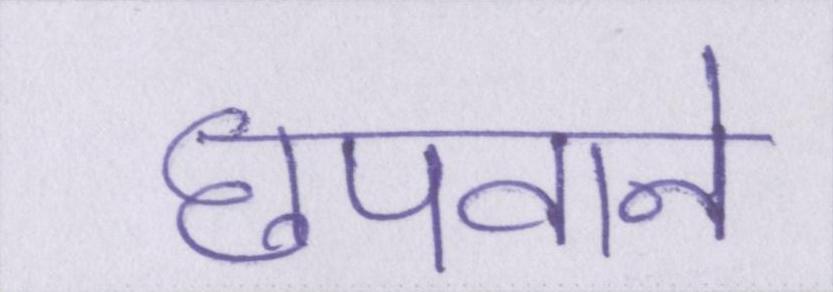
छपवाने